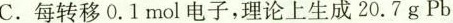
C.每转移0.1mol电子，理论上生成20.7g Pb